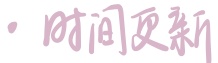
· 时间更新